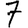
Digit: 7